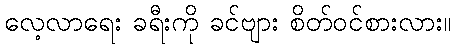
လေ့လာရေး ခရီးကို ခင်ဗျား စိတ်ဝင်စားလား။